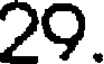
29.